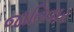
જાતિવાર